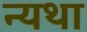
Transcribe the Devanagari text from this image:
न्यथा